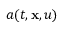
a ( t , \mathbf { x } , u )